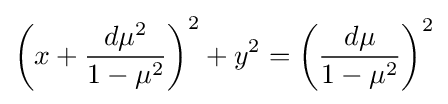
\left(x+{\frac {d\mu ^{2}}{1-\mu ^{2}}}\right)^{2}+y^{2}=\left({\frac {d\mu }{1-\mu ^{2}}}\right)^{2}